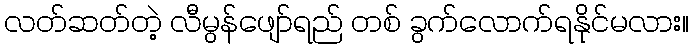
လတ်ဆတ်တဲ့ လီမွန်ဖျော်ရည် တစ် ခွက်လောက်ရနိုင်မလား။